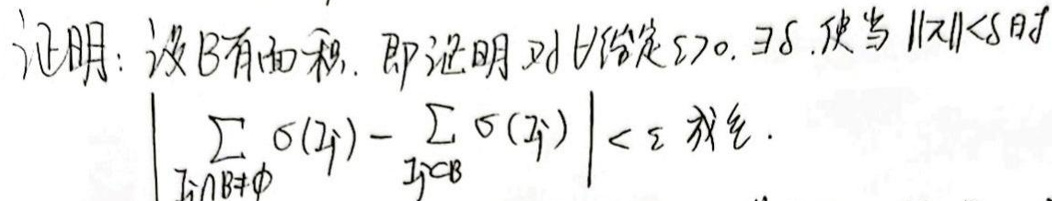
证明：设 \( B \) 有面积. 即证明：对 \( \forall \varepsilon>0, \exists \delta \), 使当 \( \|x\|<\delta \) 时
\[
\left|\sum_{\substack{y_{j} \cap B \neq \varnothing}} \sigma(y_{j})-\sum_{y_{j} \subset B} \sigma(y_{j})\right|<\varepsilon \text { 成立. }
\]